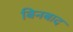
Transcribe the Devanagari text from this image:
बिनबाद